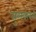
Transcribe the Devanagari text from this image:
सुलक्खनी